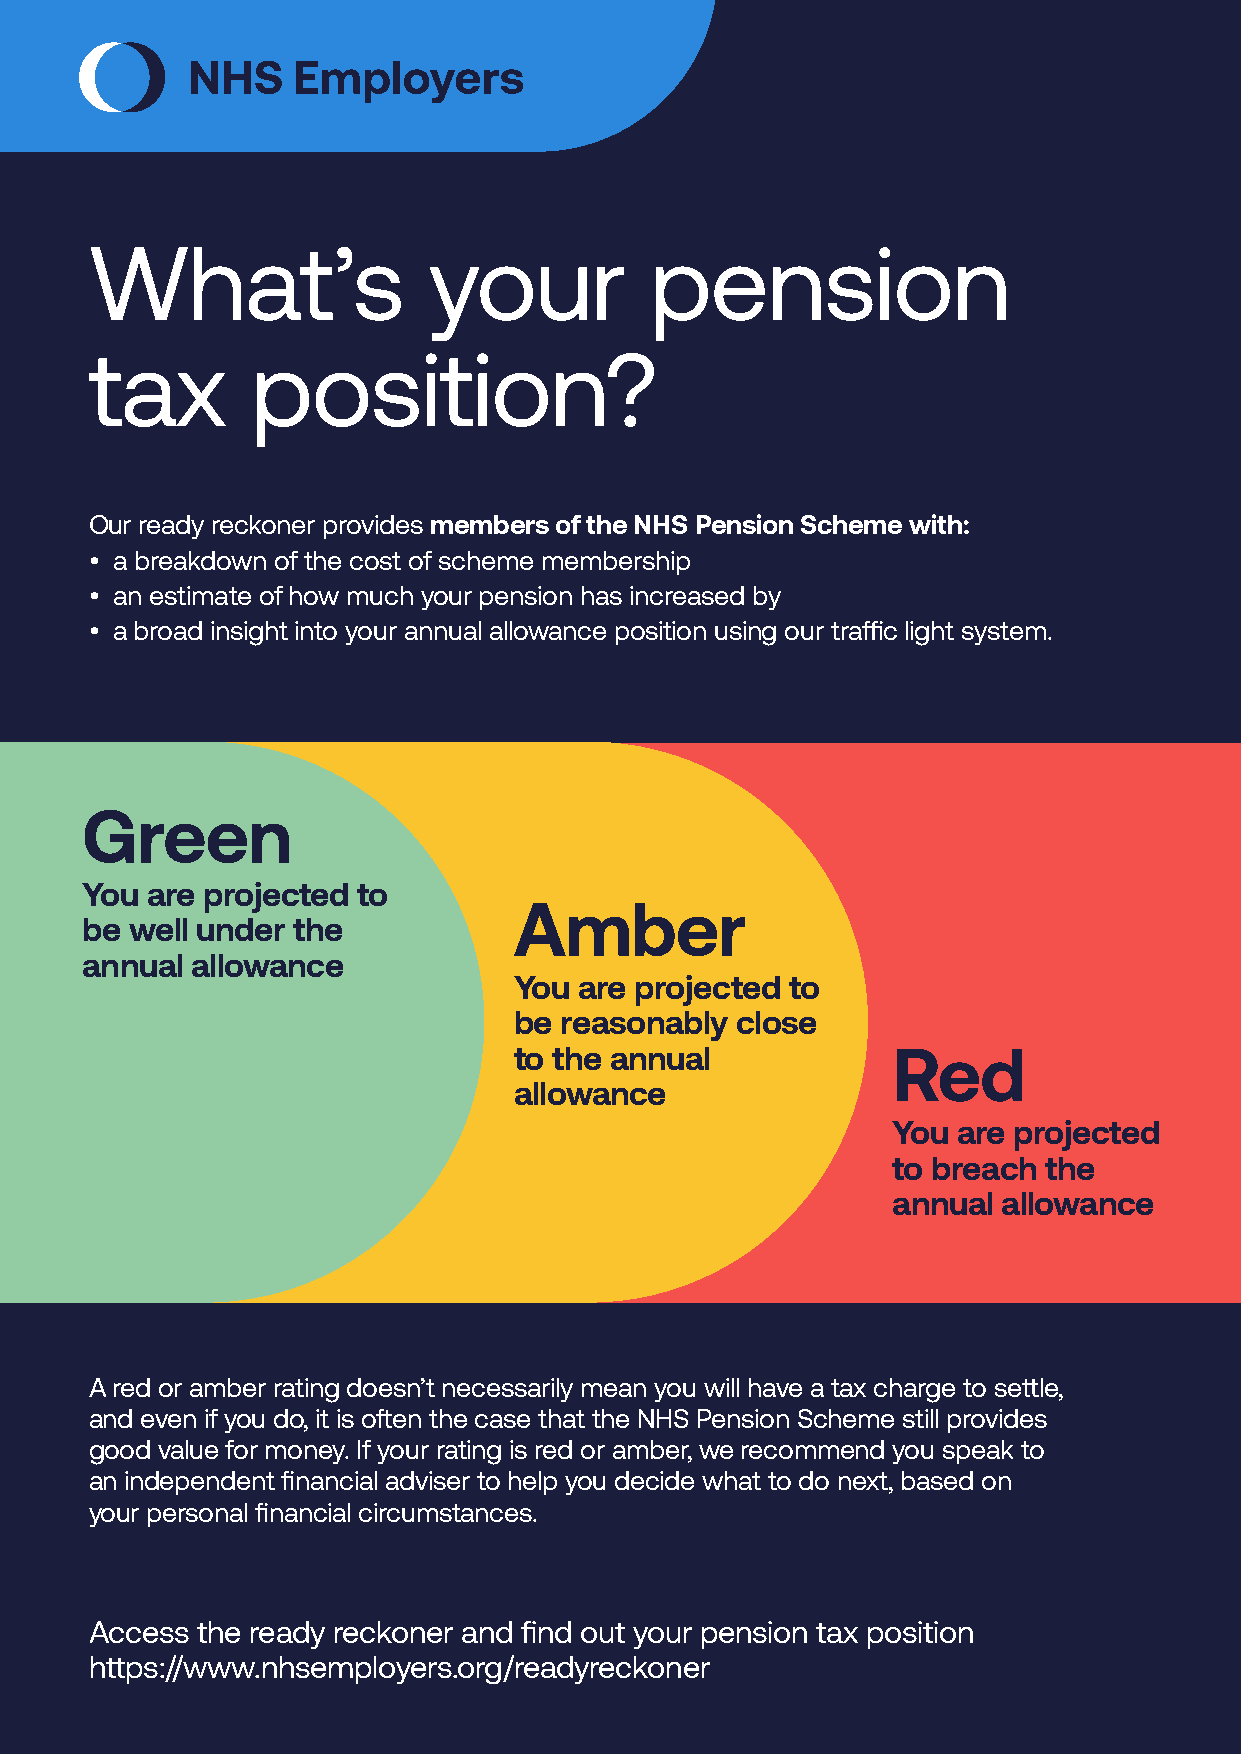
What’s                your           pension
 tax        position?
 Our ready reckoner provides members of the NHS Pension Scheme with:
 • a breakdown of the cost of scheme membership
 • an estimate of how much your pension has increased by
 • a broad insight into your annual allowance position using our traffic light system.
 Green
 You  are projected to
 Amber
 be  well under the
 annual  allowance
 You are projected to
 be reasonably  close
 to the annual            Red
 allowance
 You are projected
 to breach the
 annual allowance
 A red or amber rating doesn’t necessarily mean you will have a tax charge to settle,
 and even if you do, it is often the case that the NHS Pension Scheme still provides
 good value for money. If your rating is red or amber, we recommend you speak to
 an independent financial adviser to help you decide what to do next, based on
 your personal financial circumstances.
 Access the ready reckoner and find out your pension tax position
 https://www.nhsemployers.org/readyreckoner